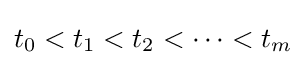
t_{0}<t_{1}<t_{2}<\dots <t_{m}